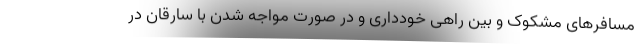
مسافر‌های مشکوک و بین راهی خودداری و در صورت مواجه شدن با سارقان در